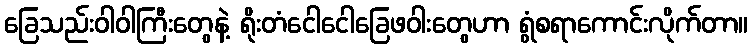
ခြေသည်းဝါဝါကြီးတွေနဲ့ ရိုးတံငေါငေါခြေဖဝါးတွေဟာ ရွံစရာကောင်းလိုက်တာ။